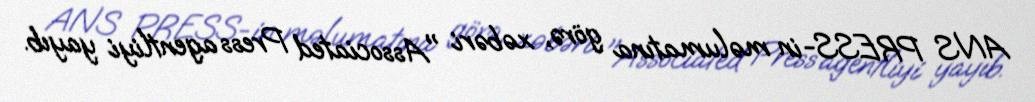
ANS PRESS-in məlumatına görə, xəbəri "Associated Press agentliyi yayıb.